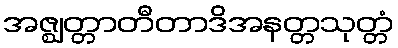
အဇ္ဈတ္တာတီတာဒိအနတ္တသုတ္တံ